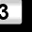
Digit: 3